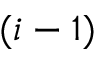
( i - 1 )